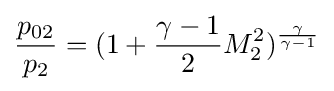
{\frac {p_{02}}{p_{2}}}=(1+{\frac {\gamma -1}{2}}M_{2}^{2})^{\frac {\gamma }{\gamma -1}}